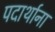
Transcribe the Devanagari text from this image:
पदार्थाना